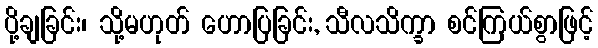
ပို့ချခြင်း၊ သို့မဟုတ် ဟောပြခြင်း, သီလသိက္ခာ စင်ကြယ်စွာဖြင့်